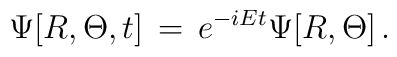
\Psi [R, \Theta ,t]\, =\, e^{-iEt} \Psi [R, \Theta ]\, .